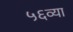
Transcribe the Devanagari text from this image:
५६व्या